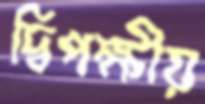
দ্বিপক্ষীয়